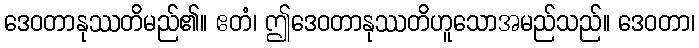
ဒေဝတာနုဿတိမည်၏။ ဧတံ၊ ဤဒေဝတာနုဿတိဟူသောအမည်သည်။ ဒေဝတာ၊